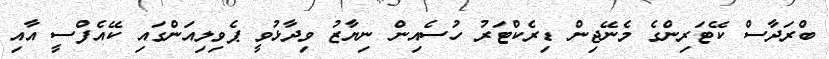
ބްރަދާސް ކޭޓަރިންގެ މެނޭޖިން ޑިރެކްޓަރު ހުސެއިން ނިޔާޒު ވިދާޅުވީ ޕެވިލިއަންގައި ކޭއެފްސީ އާއި